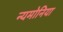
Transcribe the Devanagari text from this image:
न्यमोनिया